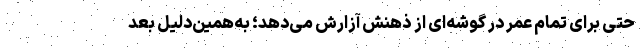
حتی برای تمام عمر در گوشه‌ای از ذهنش آزارش می‌دهد؛ به‌همین‌دلیل بعد